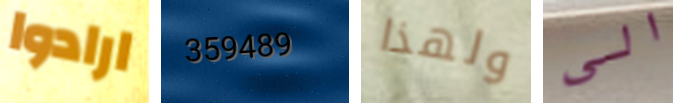
ارادوا 359489 ولهذا الى